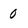
Character: 0